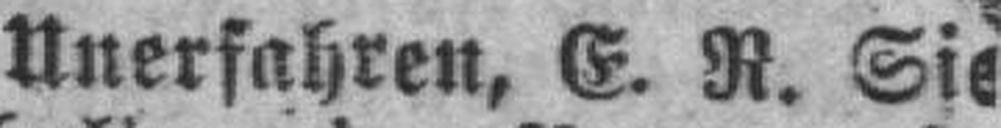
Unerfahren, E. R. Sie